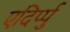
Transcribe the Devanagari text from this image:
एदिर्प्पु